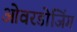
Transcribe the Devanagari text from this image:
ओवरडोजिंग